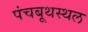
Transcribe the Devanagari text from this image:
पंचबूथस्थल